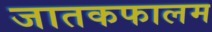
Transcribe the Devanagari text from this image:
जातकफालम